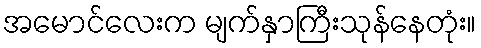
အမောင်လေးက မျက်နှာကြီးသုန်နေတုံး။